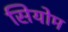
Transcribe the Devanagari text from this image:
सियोम